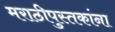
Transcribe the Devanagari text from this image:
मराठीपुस्तकांना